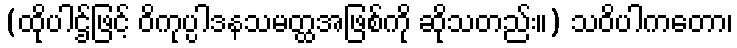
(ထိုပါဌ်ဖြင့် ဝိကုပ္ပါဒနသမတ္ထအဖြစ်ကို ဆိုသတည်း။) သဝိပါကတော၊